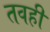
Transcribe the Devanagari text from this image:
तवही